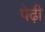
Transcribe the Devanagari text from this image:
पेढ़ी